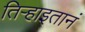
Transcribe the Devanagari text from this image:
तिऱ्हाइतानं